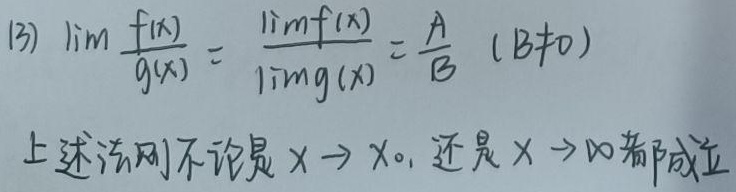
(3) $\lim \frac{f(x)}{g(x)} = \frac{\lim f(x)}{\lim g(x)} = \frac{A}{B} \ (B\neq0)$

上述法则不论是 $x \to x_0$，还是 $x \to \infty$ 都成立